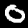
Label: 0